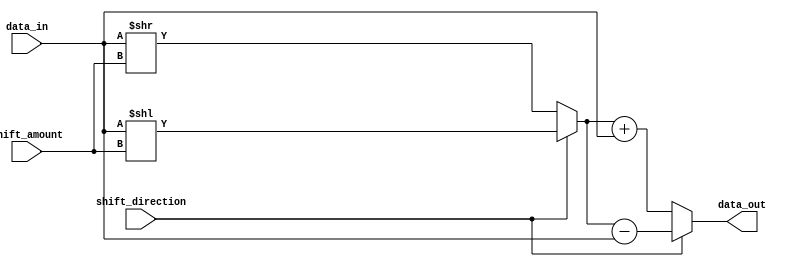
module rotating_barrel_shifter (
    input wire [7:0] data_in, // 8-bit input data
    input wire [2:0] shift_amount, // 3-bit shift amount
    input wire shift_direction, // 1-bit shift direction (0 for right shift, 1 for left shift)
    output reg [7:0] data_out // 8-bit output data
);

// Wire declarations
wire [7:0] shifted_data;

// Barrel shifter logic
always @(*) begin
    if (shift_direction == 1'b0) // Right shift
        shifted_data = data_in >> shift_amount;
    else // Left shift
        shifted_data = data_in << shift_amount;
end

// Arithmetic block logic
always @(*) begin
    if (shift_direction == 1'b0) // Right shift
        data_out = shifted_data + data_in;
    else // Left shift
        data_out = shifted_data - data_in;
end

endmodule